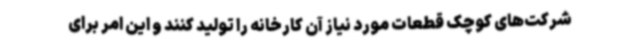
شرکت‌های کوچک قطعات مورد نیاز آن کارخانه را تولید کنند و این امر برای